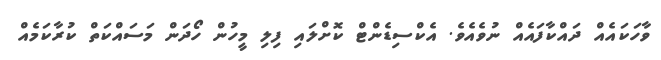
ވާހަކައެއް ދައްކާފައެއް ނުވެއެވެ. އެކްސިޑެންޓް ކޮށްލައި ފިލި މީހުން ހޯދަން މަސައްކަތް ކުރާކަމެއް